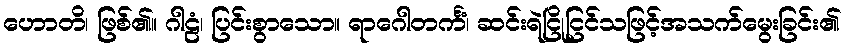
ဟောတိ၊ ဖြစ်၏။ ဂါဠံ၊ ပြင်းစွာသော။ ရာဂေါတင်္ကံ၊ ဆင်းရဲငြိုငြင်သဖြင့်အသက်မွေးခြင်း၏